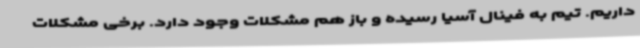
داریم. تیم به فینال آسیا رسیده و باز هم مشکلات وجود دارد. برخی مشکلات